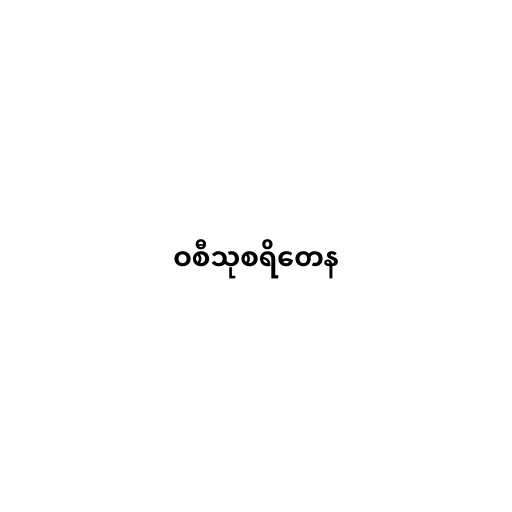
ဝစီသုစရိတေန